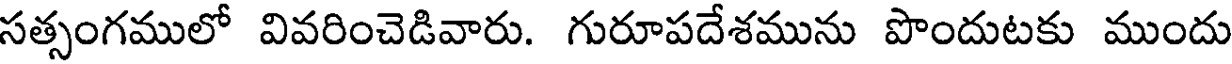
సత్సంగములో వివరించెడివారు. గురూపదేశమును పొందుటకు ముందు